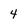
Character: 4